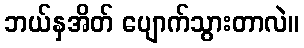
ဘယ်နှအိတ် ပျောက်သွားတာလဲ။